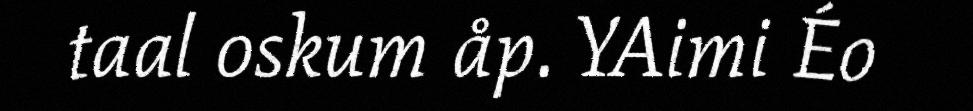
taal oskum åp. YAimi Éo